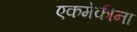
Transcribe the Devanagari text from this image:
एकमेकीना